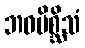
ဘဝမိစ္ဆိသံ